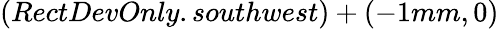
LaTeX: (RectDevOnly.southwest)+(-1mm,0)